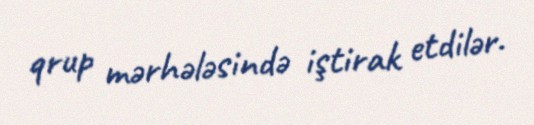
qrup mərhələsində iştirak etdilər.